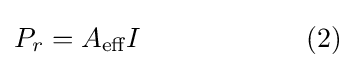
P_{r}=A_{\text{eff}}I\qquad \qquad \qquad {\text{(2)}}